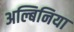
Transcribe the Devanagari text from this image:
अल्बिनिया